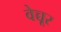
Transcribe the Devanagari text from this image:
वेच्चूर